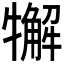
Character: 𤛳